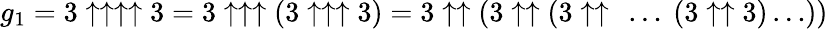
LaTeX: g_{1}=3\uparrow\uparrow\uparrow\uparrow 3=3\uparrow\uparrow\uparrow(3\uparrow\uparrow\uparrow 3)=3\uparrow\uparrow(3\uparrow\uparrow(3\uparrow\uparrow\ \dots\ (3\uparrow\uparrow 3)\dots))